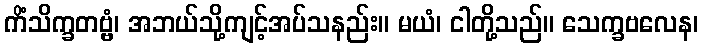
ကိံသိက္ခတဗ္ဗံ၊ အဘယ်သို့ကျင့်အပ်သနည်း။ မယံ၊ ငါတို့သည်။ သေက္ခဗလေန၊